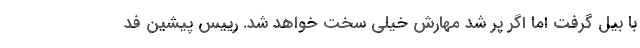
با بیل گرفت اما اگر پُر شد مهارش خیلی سخت خواهد شد. رییس پیشین فد